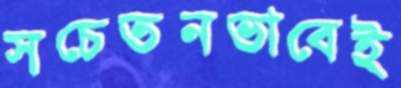
সচেতনভাবেই